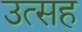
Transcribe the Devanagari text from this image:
उत्सह